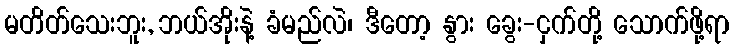
မတိတ်သေးဘူး, ဘယ်အိုးနဲ့ ခံမည်လဲ၊ ဒီတော့ နွား ခွေး-ငှက်တို့ သောက်ဖို့ရာ